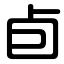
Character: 卣